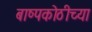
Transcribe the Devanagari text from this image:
बाष्पकोठीच्या